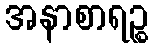
အနာစာရဉ္စ